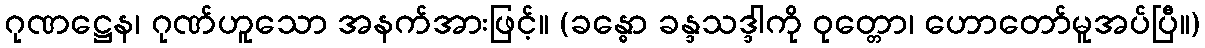
ဂုဏဋ္ဌေန၊ ဂုဏ်ဟူသော အနက်အားဖြင့်။ (ခန္ဓော ခန္ဒသဒ္ဒါကို ဝုတ္တော၊ ဟောတော်မူအပ်ပြီ။)